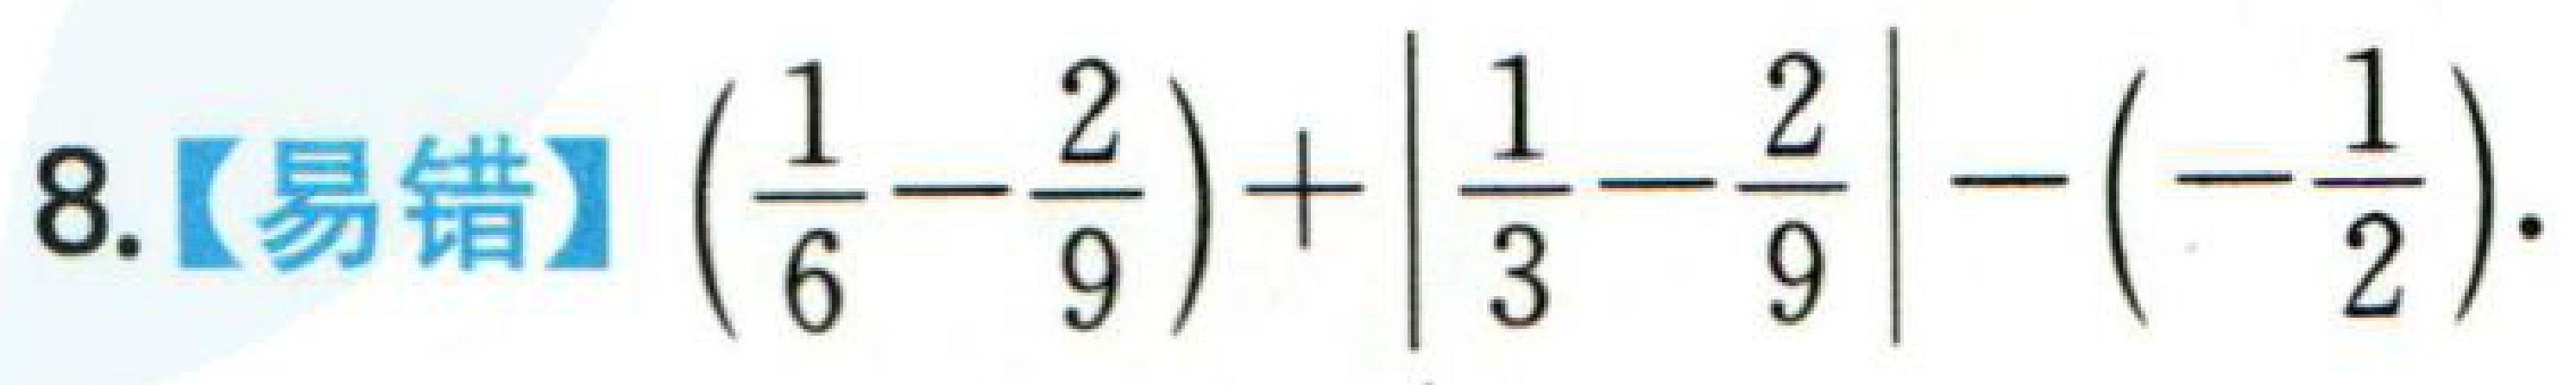
8.【易错】$\left(\dfrac{1}{6}-\dfrac{2}{9}\right)+\left|\dfrac{1}{3}-\dfrac{2}{9}\right|-\left(-\dfrac{1}{2}\right)$.